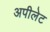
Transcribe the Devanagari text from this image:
अपीलेट